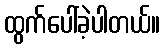
ထွက်ပေါ်ခဲ့ပါတယ်။